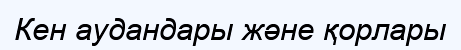
Кен аудандары және қорлары